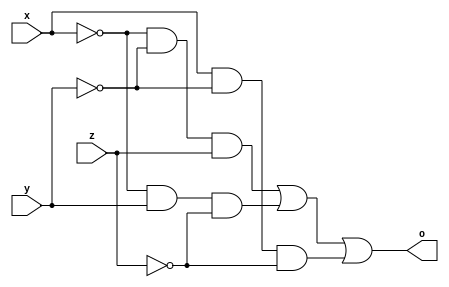
/*
Eftykhar Rahman
*/

module task1(x,y,z,o);
input x,y,z;
output o;

assign o = ((~x&~y&z)|(~x&y&~z)|(x&~y&~z));

endmodule